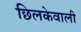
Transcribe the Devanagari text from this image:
छिलकेवाली